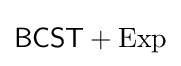
{\mathsf {BCST}}+{\mathrm {Exp} }